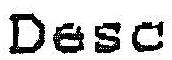
DESC